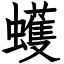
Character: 蠖